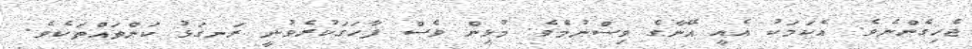
ޖެހިގެންނެވެ. އެކަމަކު އެއީ އޭނާގެ ވިސްނުމެވެ. މުޅިން ވެސް ފާހަގަކުރެވުނީ ރަނގަޅު ކަންތައްތަކެވެ.